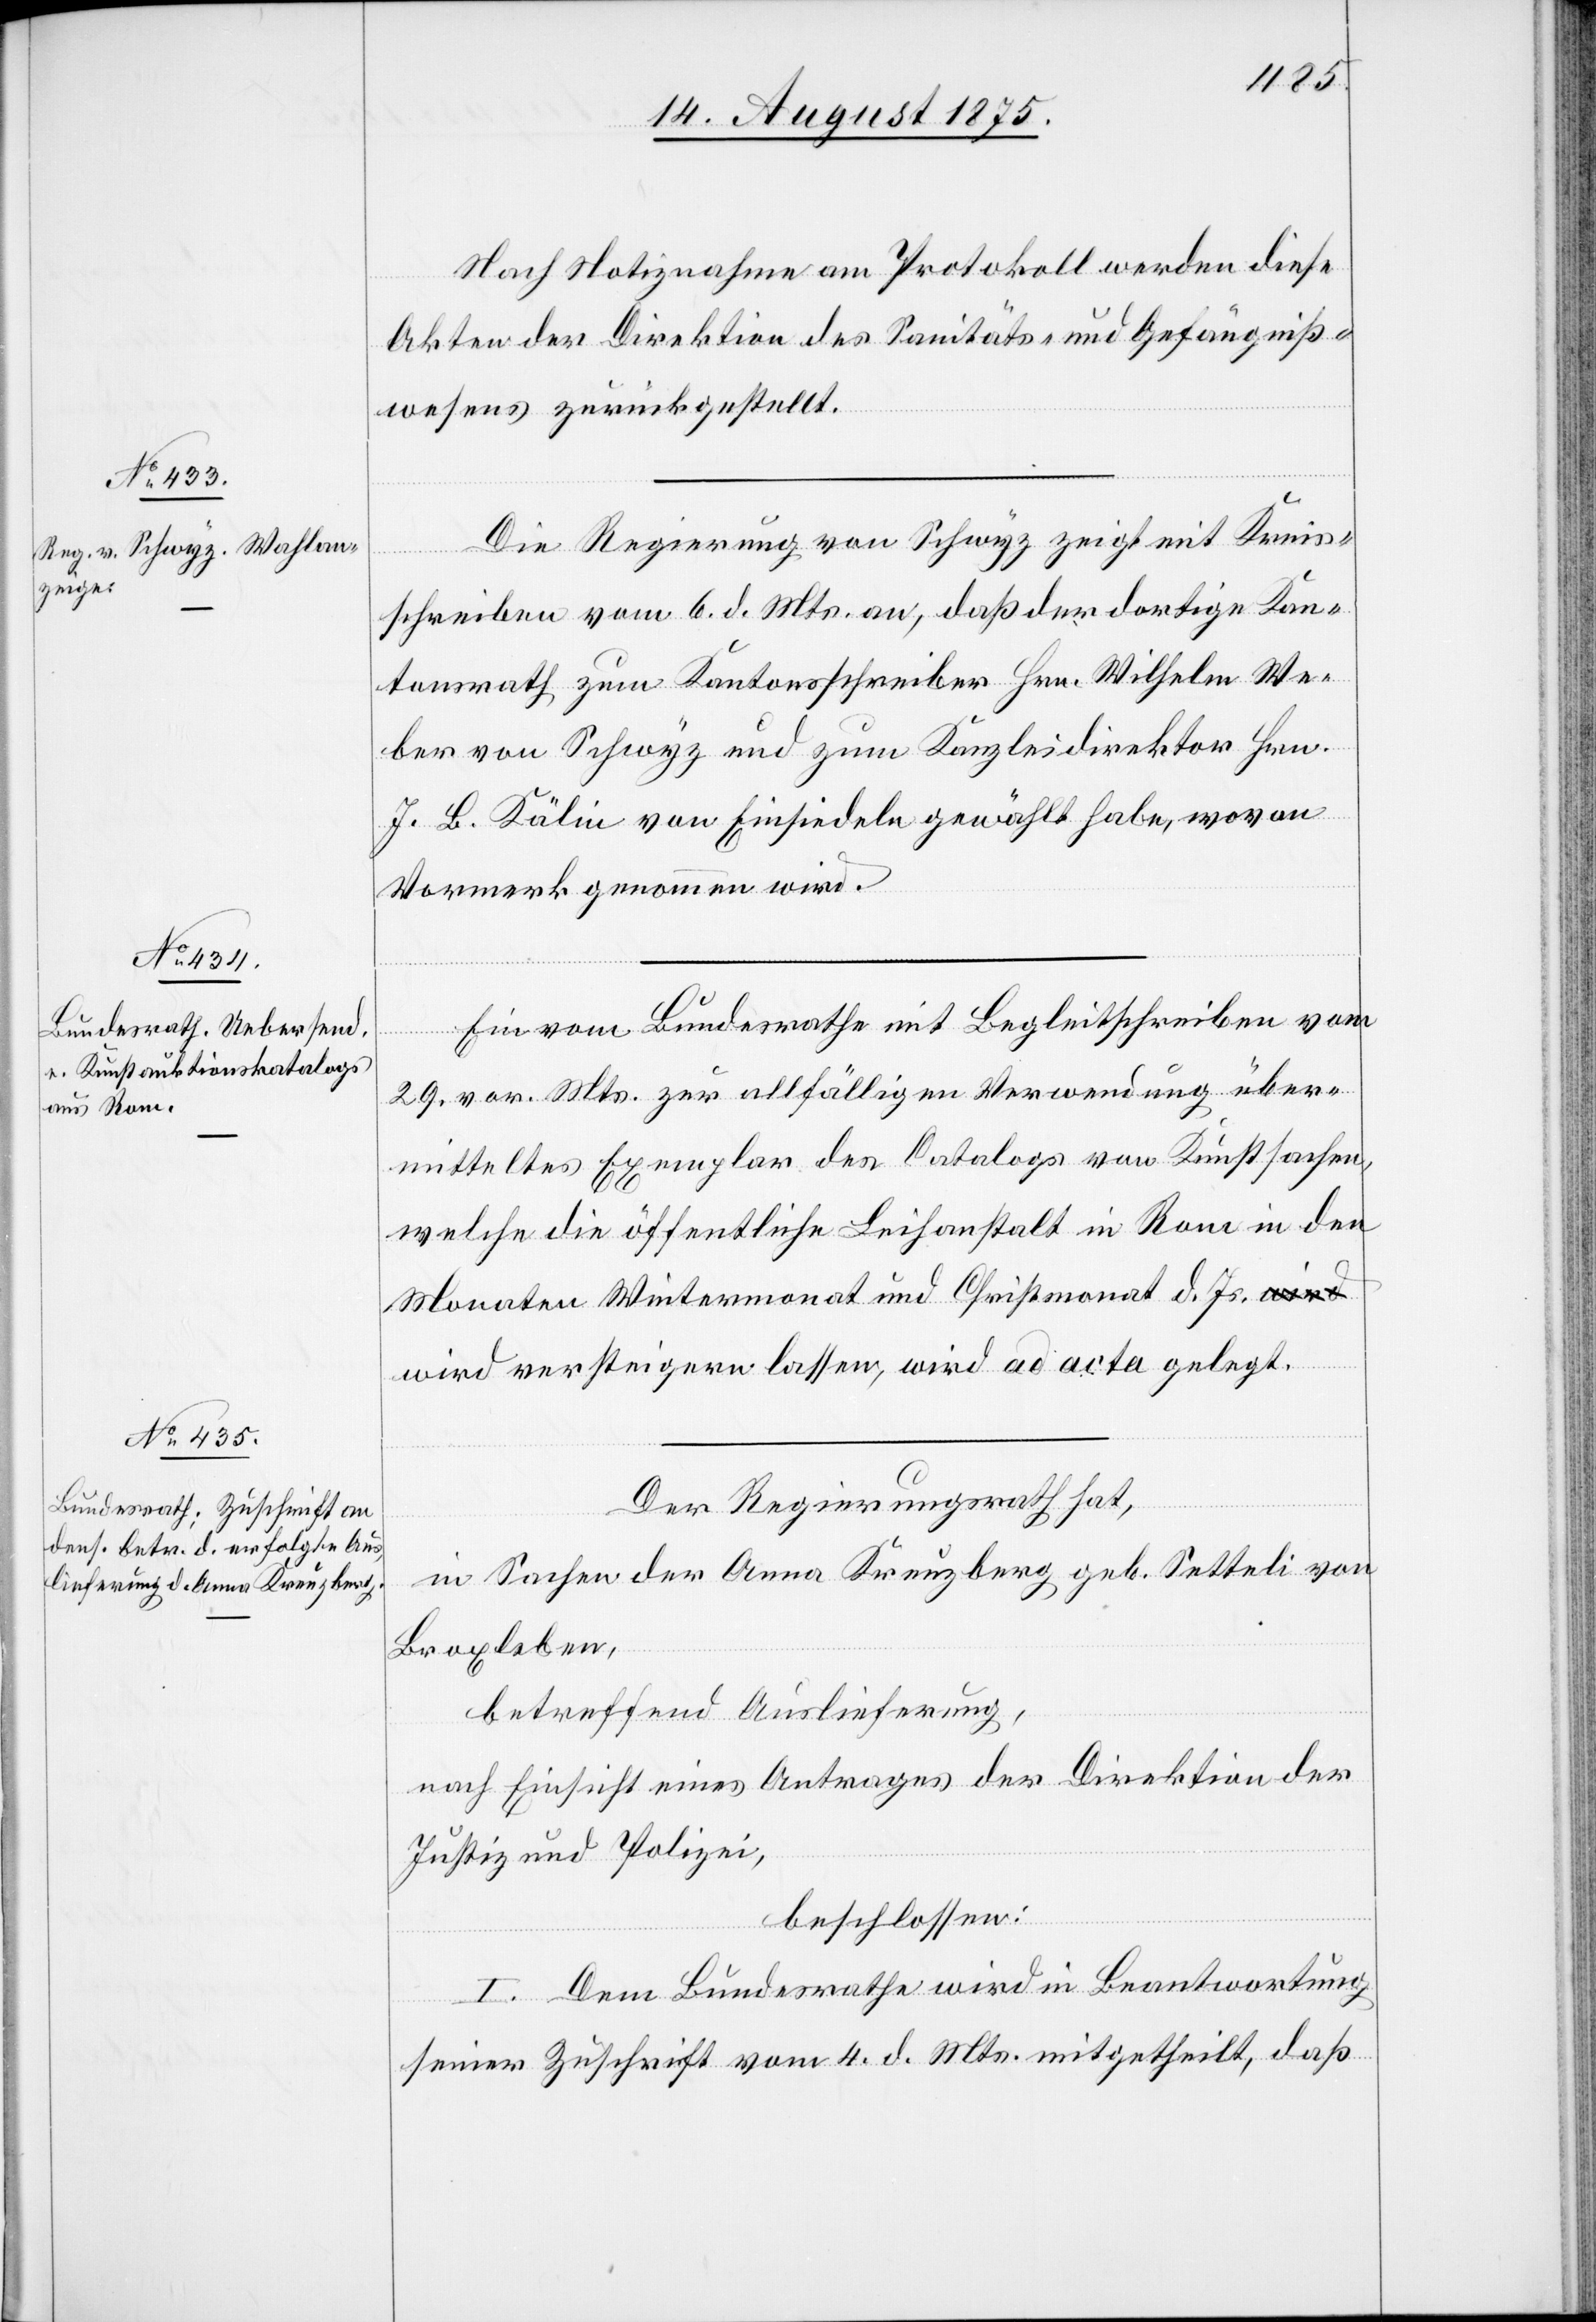
Nach Notiznahme am Protokoll werden diese
Akten der Direktion des Sanitäts- und Gefängniß¬
wesens zurückgestellt.
Die Regierung von Schwyz zeigt mit Kreis¬
schreiben vom 6. d. Mts. an, daß der dortige Kan¬
tonsrath zum Kantonsschreiber Hrn. Wilhelm We¬
ber von Schwyz und zum Kanzleidirektor Hrn.
J. B. Kälin von Einsiedeln gewählt habe, wovon
Vormerk genommen wird.
Ein vom Bundesrathe mit Begleitschreiben vom
29. vor. Mts. zur allfälligen Verwendung über¬
mitteltes Exemplar des Catalogs von Kunstsachen,
welche die öffentliche Leihanstalt in Rom in den
Monaten Wintermonat und Christmonat d. Js. w¬
ird versteigern lassen, wird ad acta gelegt.
Der Regierungsrath hat,
in Sachen der Anna Kreuzberg geb. Setteli von
Borxleben,
betreffend Auslieferung,
nach Einsicht eines Antrages der Direktion der
Justiz und Polizei,
beschlossen:
I. Dem Bundesrathe wird in Beantwortung
seiner Zuschrift vom 4. d. Mts. mitgetheilt, daß